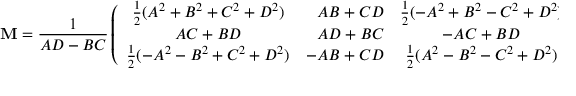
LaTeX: { \bf M } = \frac { 1 } { A D - B C } \left( \begin{array} { c r c } { { \frac { 1 } { 2 } ( { A ^ { 2 } } + { B ^ { 2 } } + { C ^ { 2 } } + { D ^ { 2 } } ) } } & { { A B + C D } } & { { \frac { 1 } { 2 } ( - { A ^ { 2 } } + { B ^ { 2 } } - { C ^ { 2 } } + { D ^ { 2 } } ) } } \\ { { A C + B D } } & { { A D + B C } } & { { - A C + B D } } \\ { { \frac { 1 } { 2 } ( - { A ^ { 2 } } - { B ^ { 2 } } + { C ^ { 2 } } + { D ^ { 2 } } ) } } & { { - A B + C D } } & { { \frac { 1 } { 2 } ( { A ^ { 2 } } - { B ^ { 2 } } - { C ^ { 2 } } + { D ^ { 2 } } ) } } \end{array} \right) \, \, \, .